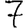
Digit: 7